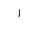
Letter: _alif